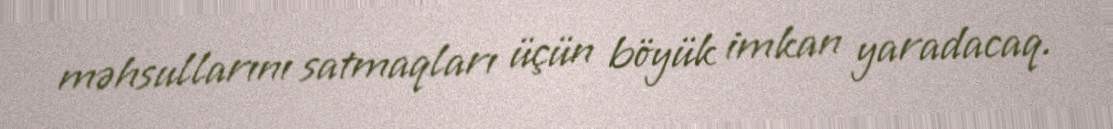
məhsullarını satmaqları üçün böyük imkan yaradacaq.